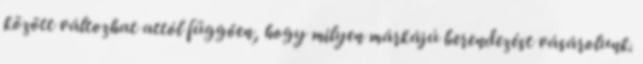
között változhat attól függően, hogy milyen márkájú berendezést vásárolunk.